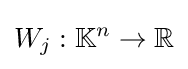
W_{j}:\mathbb {K} ^{n}\to \mathbb {R}